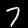
Label: 7